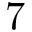
7